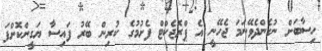
ހިސާބަށް ނުގެންދެވޭނަމަ ޖެހޭނީ އެ ޕްރޮޖެކްޓް ފެށުމުގެ ކުރިން ބޭރު ފައިސާ ޔަގީންކޮށްފަ